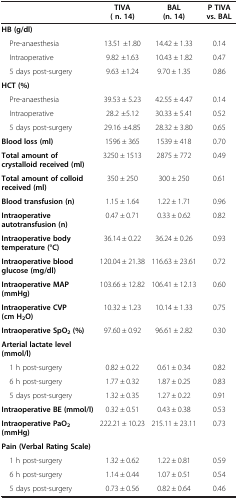
<table><thead><tr><td><b> </b></td><td><b>TIVA ( n. 14)</b></td><td><b>BAL (n. 14)</b></td><td><b>P TIVA vs. BAL</b></td></tr></thead><tbody><tr><td><b>HB (g/dl)</b></td><td> </td><td> </td><td> </td></tr><tr><td> Pre-anaesthesia</td><td>13.51 ±1.80</td><td>14.42 ± 1.33</td><td>0.14</td></tr><tr><td> Intraoperative</td><td>9.82 ±1.63</td><td>10.43 ± 1.82</td><td>0.47</td></tr><tr><td> 5 days post-surgery</td><td>9.63 ±1.24</td><td>9.70 ± 1.35</td><td>0.86</td></tr><tr><td><b>HCT (%)</b></td><td> </td><td> </td><td> </td></tr><tr><td> Pre-anaesthesia</td><td>39.53 ± 5.23</td><td>42.55 ± 4.47</td><td>0.14</td></tr><tr><td> Intraoperative</td><td>28.2 ±5.12</td><td>30.33 ± 5.41</td><td>0.52</td></tr><tr><td> 5 days post-surgery</td><td>29.16 ±4.85</td><td>28.32 ± 3.80</td><td>0.65</td></tr><tr><td><b>Blood loss (ml)</b></td><td>1596 ± 365</td><td>1539 ± 418</td><td>0.70</td></tr><tr><td><b>Total amount of crystalloid received (ml)</b></td><td>3250 ± 1513</td><td>2875 ± 772</td><td>0.49</td></tr><tr><td><b>Total amount of colloid received (ml)</b></td><td>350 ± 250</td><td>300 ± 250</td><td>0.61</td></tr><tr><td><b>Blood transfusion (n)</b></td><td>1.15 ± 1.64</td><td>1.22 ± 1.71</td><td>0.96</td></tr><tr><td><b>Intraoperative autotransfusion (n)</b></td><td>0.47 ± 0.71</td><td>0.33 ± 0.62</td><td>0.82</td></tr><tr><td><b>Intraoperative body temperature (°C)</b></td><td>36.14 ± 0.22</td><td>36.24 ± 0.26</td><td>0.93</td></tr><tr><td><b>Intraoperative blood glucose (mg/dl)</b></td><td>120.04 ± 21.38</td><td>116.63 ± 23.61</td><td>0.72</td></tr><tr><td><b>Intraoperative MAP (mmHg)</b></td><td>103.66 ± 12.82</td><td>106.41 ± 12.13</td><td>0.60</td></tr><tr><td><b>Intraoperative CVP</b><b>(cm H</b><sub><b>2</b></sub><b>O)</b></td><td>10.32 ± 1.23</td><td>10.14 ± 1.33</td><td>0.75</td></tr><tr><td><b>Intraoperative SpO</b><sub><b>2</b></sub><b>(%)</b></td><td>97.60 ± 0.92</td><td>96.61 ± 2.82</td><td>0.30</td></tr><tr><td><b>Arterial lactate level (mmol/l)</b></td><td> </td><td> </td><td> </td></tr><tr><td> 1 h post-surgery</td><td>0.82 ± 0.22</td><td>0.61 ± 0.34</td><td>0.82</td></tr><tr><td> 6 h post-surgery</td><td>1.77 ± 0.32</td><td>1.87 ± 0.25</td><td>0.83</td></tr><tr><td> 5 days post-surgery</td><td>1.32 ± 0.35</td><td>1.27 ± 0.22</td><td>0.91</td></tr><tr><td><b>Intraoperative BE (mmol/l)</b></td><td>0.32 ± 0.51</td><td>0.43 ± 0.38</td><td>0.53</td></tr><tr><td><b>Intraoperative PaO</b><sub><b>2</b></sub><b>(mmHg)</b></td><td>222.21 ± 10.23</td><td>215.11 ± 23.11</td><td>0.73</td></tr><tr><td><b>Pain (Verbal Rating Scale)</b></td><td> </td><td> </td><td> </td></tr><tr><td> 1 h post-surgery</td><td>1.32 ± 0.62</td><td>1.22 ± 0.81</td><td>0.59</td></tr><tr><td> 6 h post-surgery</td><td>1.14 ± 0.44</td><td>1.07 ± 0.51</td><td>0.54</td></tr><tr><td> 5 days post-surgery</td><td>0.73 ± 0.56</td><td>0.82 ± 0.64</td><td>0.46</td></tr></tbody></table>